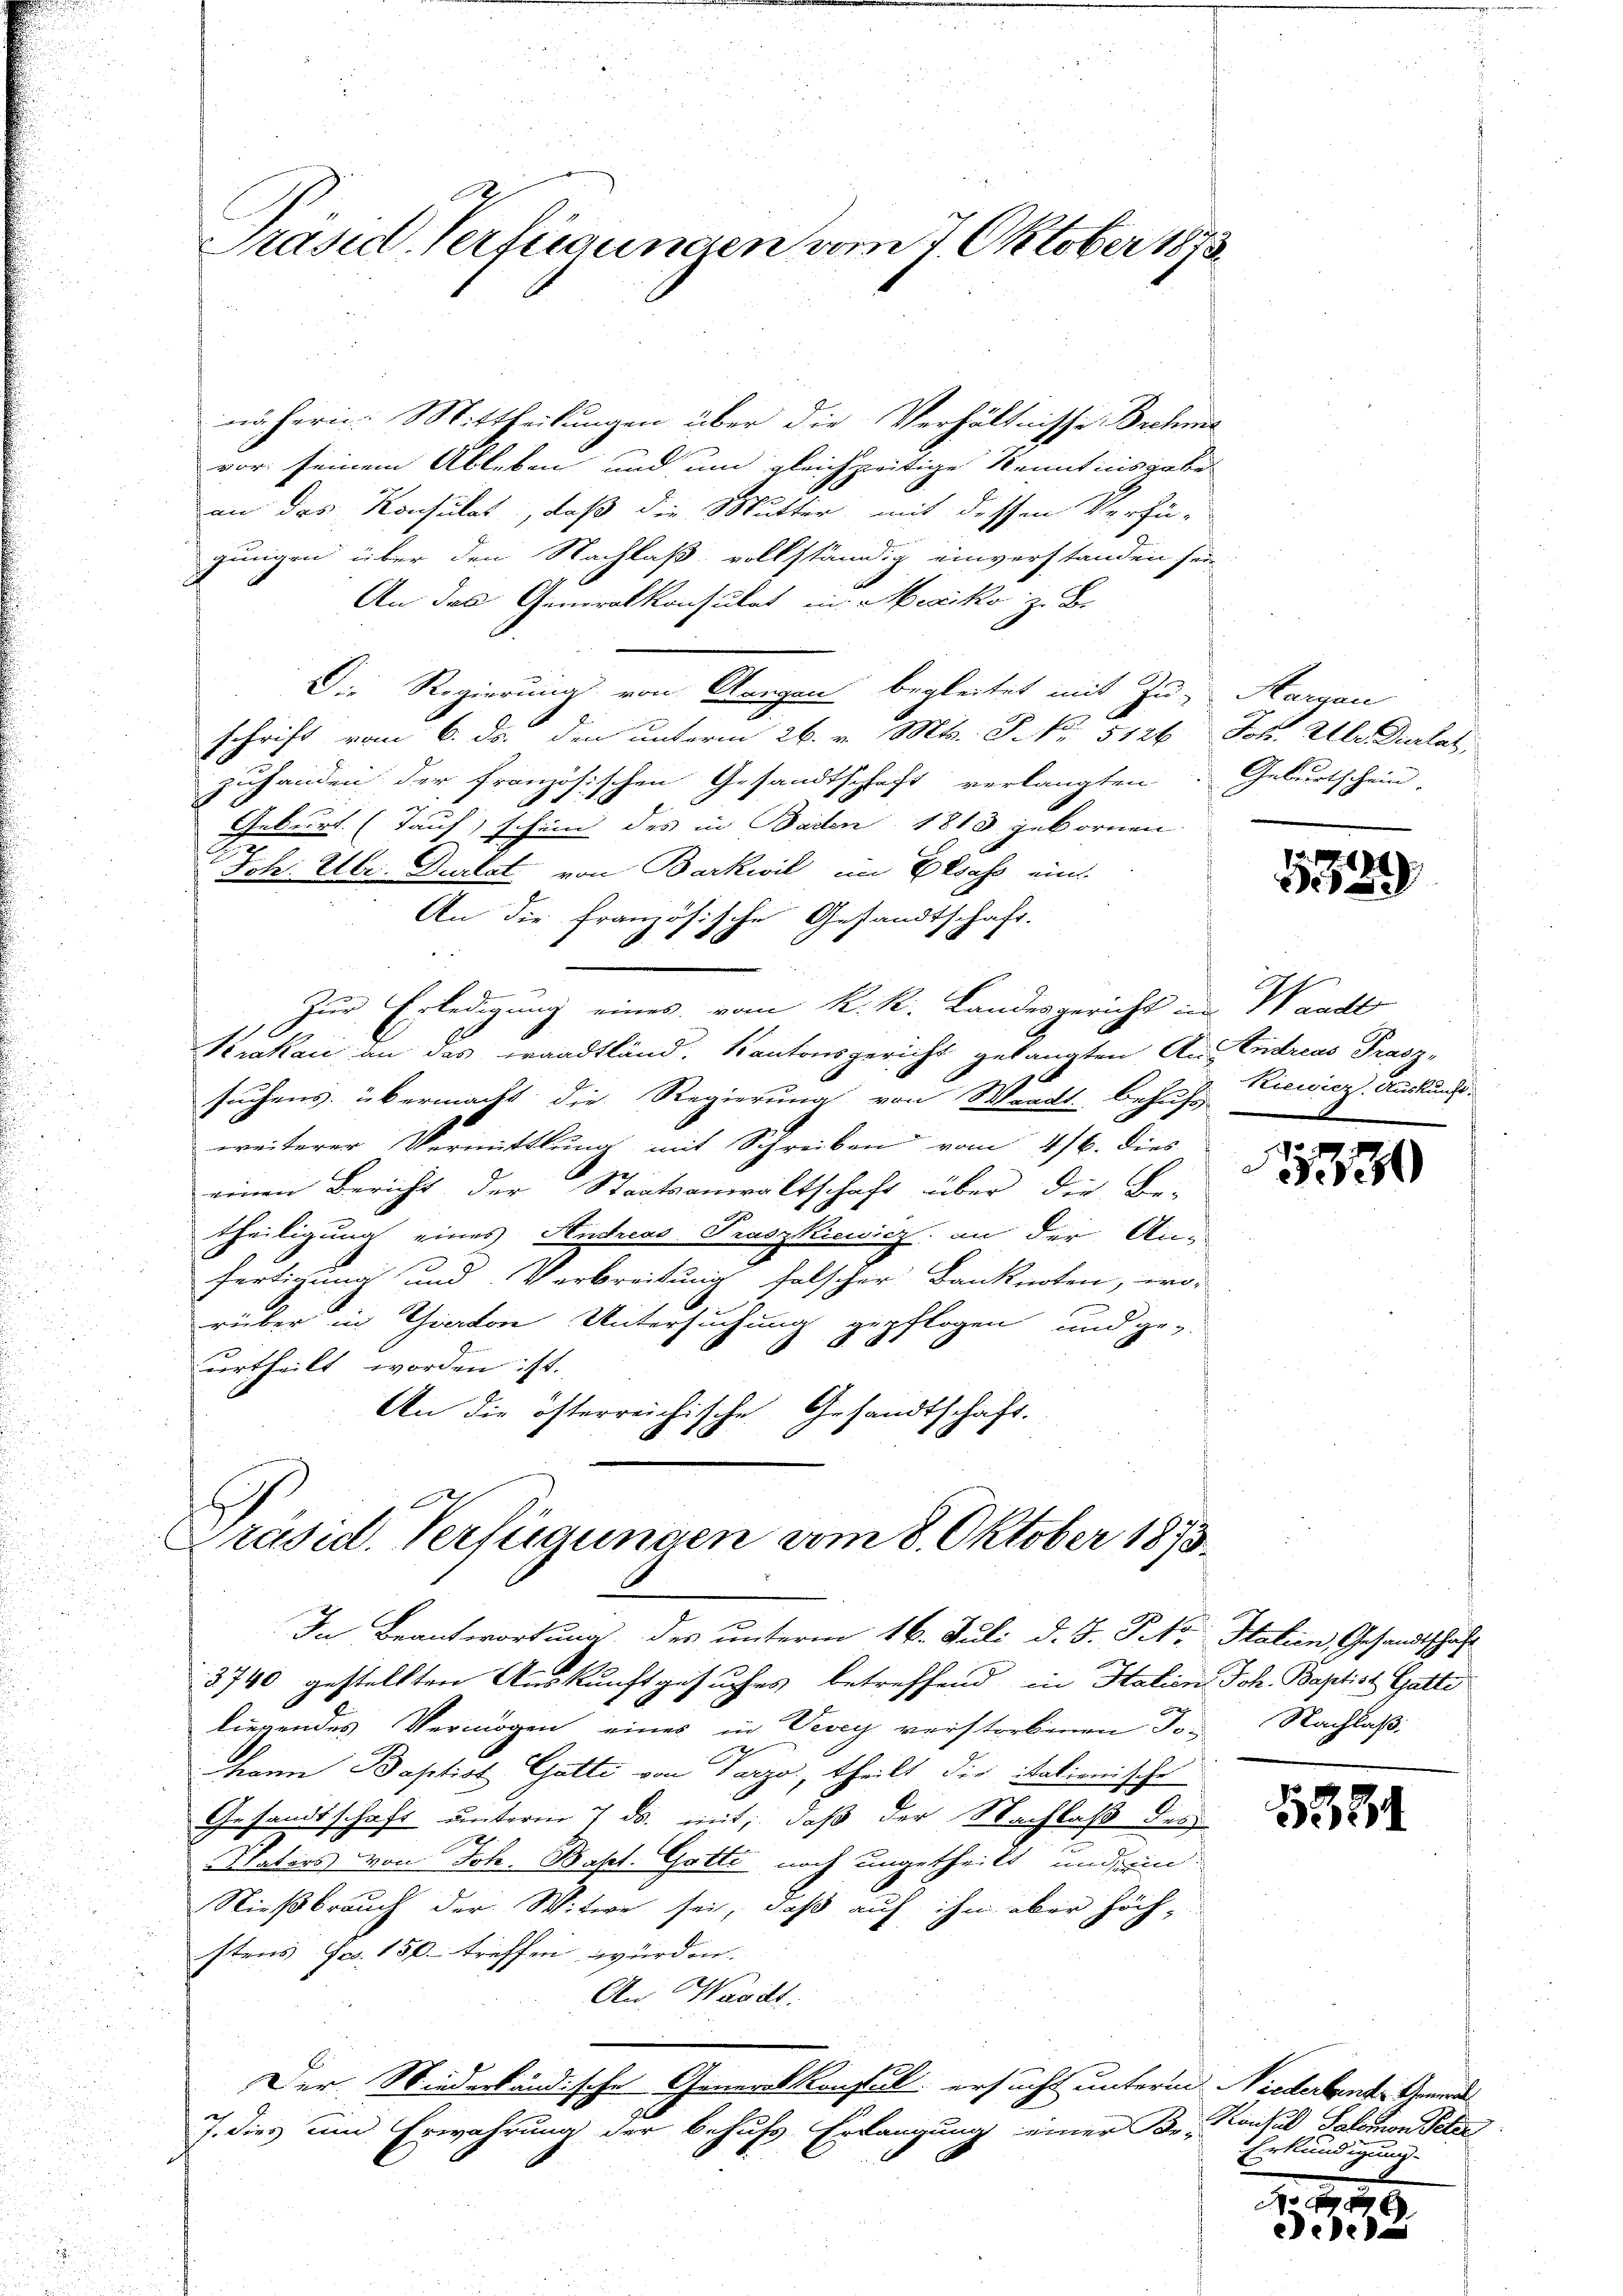
nähern. Mittheilungen über die Verhältnisse Buchma
vor seinem Ableben und um gleichzeitige Kenntnisgabe
an das Konsulat, daß die Mutter mit dessen Verzu-
gungen über den Nachlaß vollständig einverstanden sei
An das Generalkonsulat in Mexiko zu Be
Die Regierung von Gangen begleitet mit Tu, Aargau
c
schrift vom 6. ds. den unterm 26. v. Mts. S. Nr. 5126 Joh. Ulr. Durlat,
zuhanden der französischen Gesandtschaft verlangten
Geburt. (Tauf) schein des in Baden 1813 gebornen
Joh. Ulr. Durlat von Barkwil im Elsass ein
An die französische Gestandtschaft.
Zur Erledigung eines vom K. K. Landesgericht im Wandl
Krakau an das Traadtländ. Kantonsgericht gelangten Aus Endreas Prasz-
suchens übermacht die Regierung von Waadt behufs
weiterer Vermittlung mit Schreiben vom 4/6. dies
einen Bericht der Staatsanwaltschaft über die Be-
theiligung eines Andreas Traszkiewicz, an der Anfertigung und Verbreitung falscher Banknoten, wo-
E
rüber in Chiton Untersuchung gepflogen und ge-
urtheilt worden ist.
An die österreichische Gesandtschaft.
16
h
Präsid. Verfügungen vom 8. Oktober 1873.

Präsid. Verfügungen vom 7. Oktober 1873.

In Beantwortung des unterm 16. Juli d. J. Pkt. Statien Gesandtschaft
3740 gestellten Auskunftgesuches betreffend in Italien Joh. Baptist Gatti
liegendes Vermögen eines in Vevey verstorbenen Jo- Nachlaß
hann Baptist Gatti von Parzo, theilt die italienische
Gesandtschaft unterm 7. ds. mit, daß der Nachlaß des
.
Vaters von Joh. Basel. Gotti noch ungetheilt, und ein
Nießbrauch der Witwe sei, daß auf ihn aber höchstens Fr. 150.- treffen würden. |
An. Waadt
Der Niederländische Generalkonsul ersucht unterm Niederbandes Gemei
J. dies und Erwährung der behufs Erlangung einer Br. Konsul Salomon Peter

Geburtschein.

1329

Riewicz, Auskunft.

1330

1284

Erkundigung.

n
.
eede